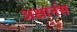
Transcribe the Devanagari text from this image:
अक्षानंस